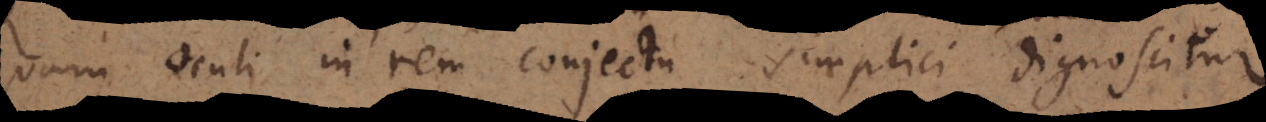
quam oculi in rem conjectu simplici dignoscitur